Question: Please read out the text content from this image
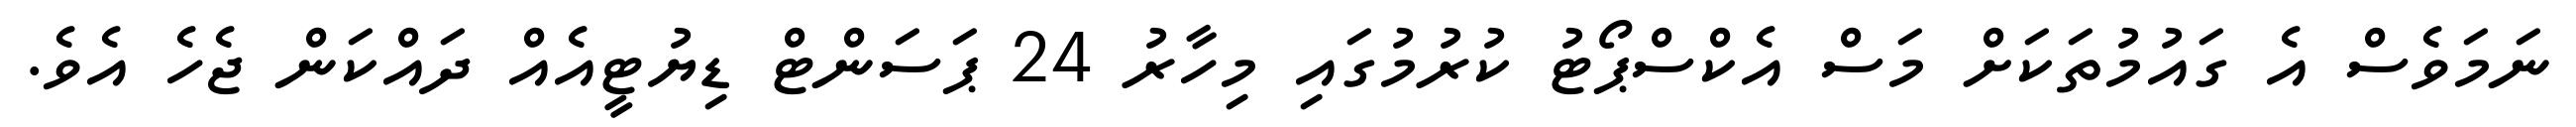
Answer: ނަމަވެސް އެ ގައުމުތަކަށް މަސް އެކްސްޕޯޓު ކުރުމުގައި މިހާރު 24 ޕަސަންޓް ޑިޔުޓީއެއް ދައްކަން ޖެހެ އެވެ.